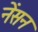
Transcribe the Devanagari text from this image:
नेंसन